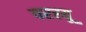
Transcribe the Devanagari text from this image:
परस्यू